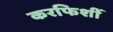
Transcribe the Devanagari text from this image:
करफिशीं